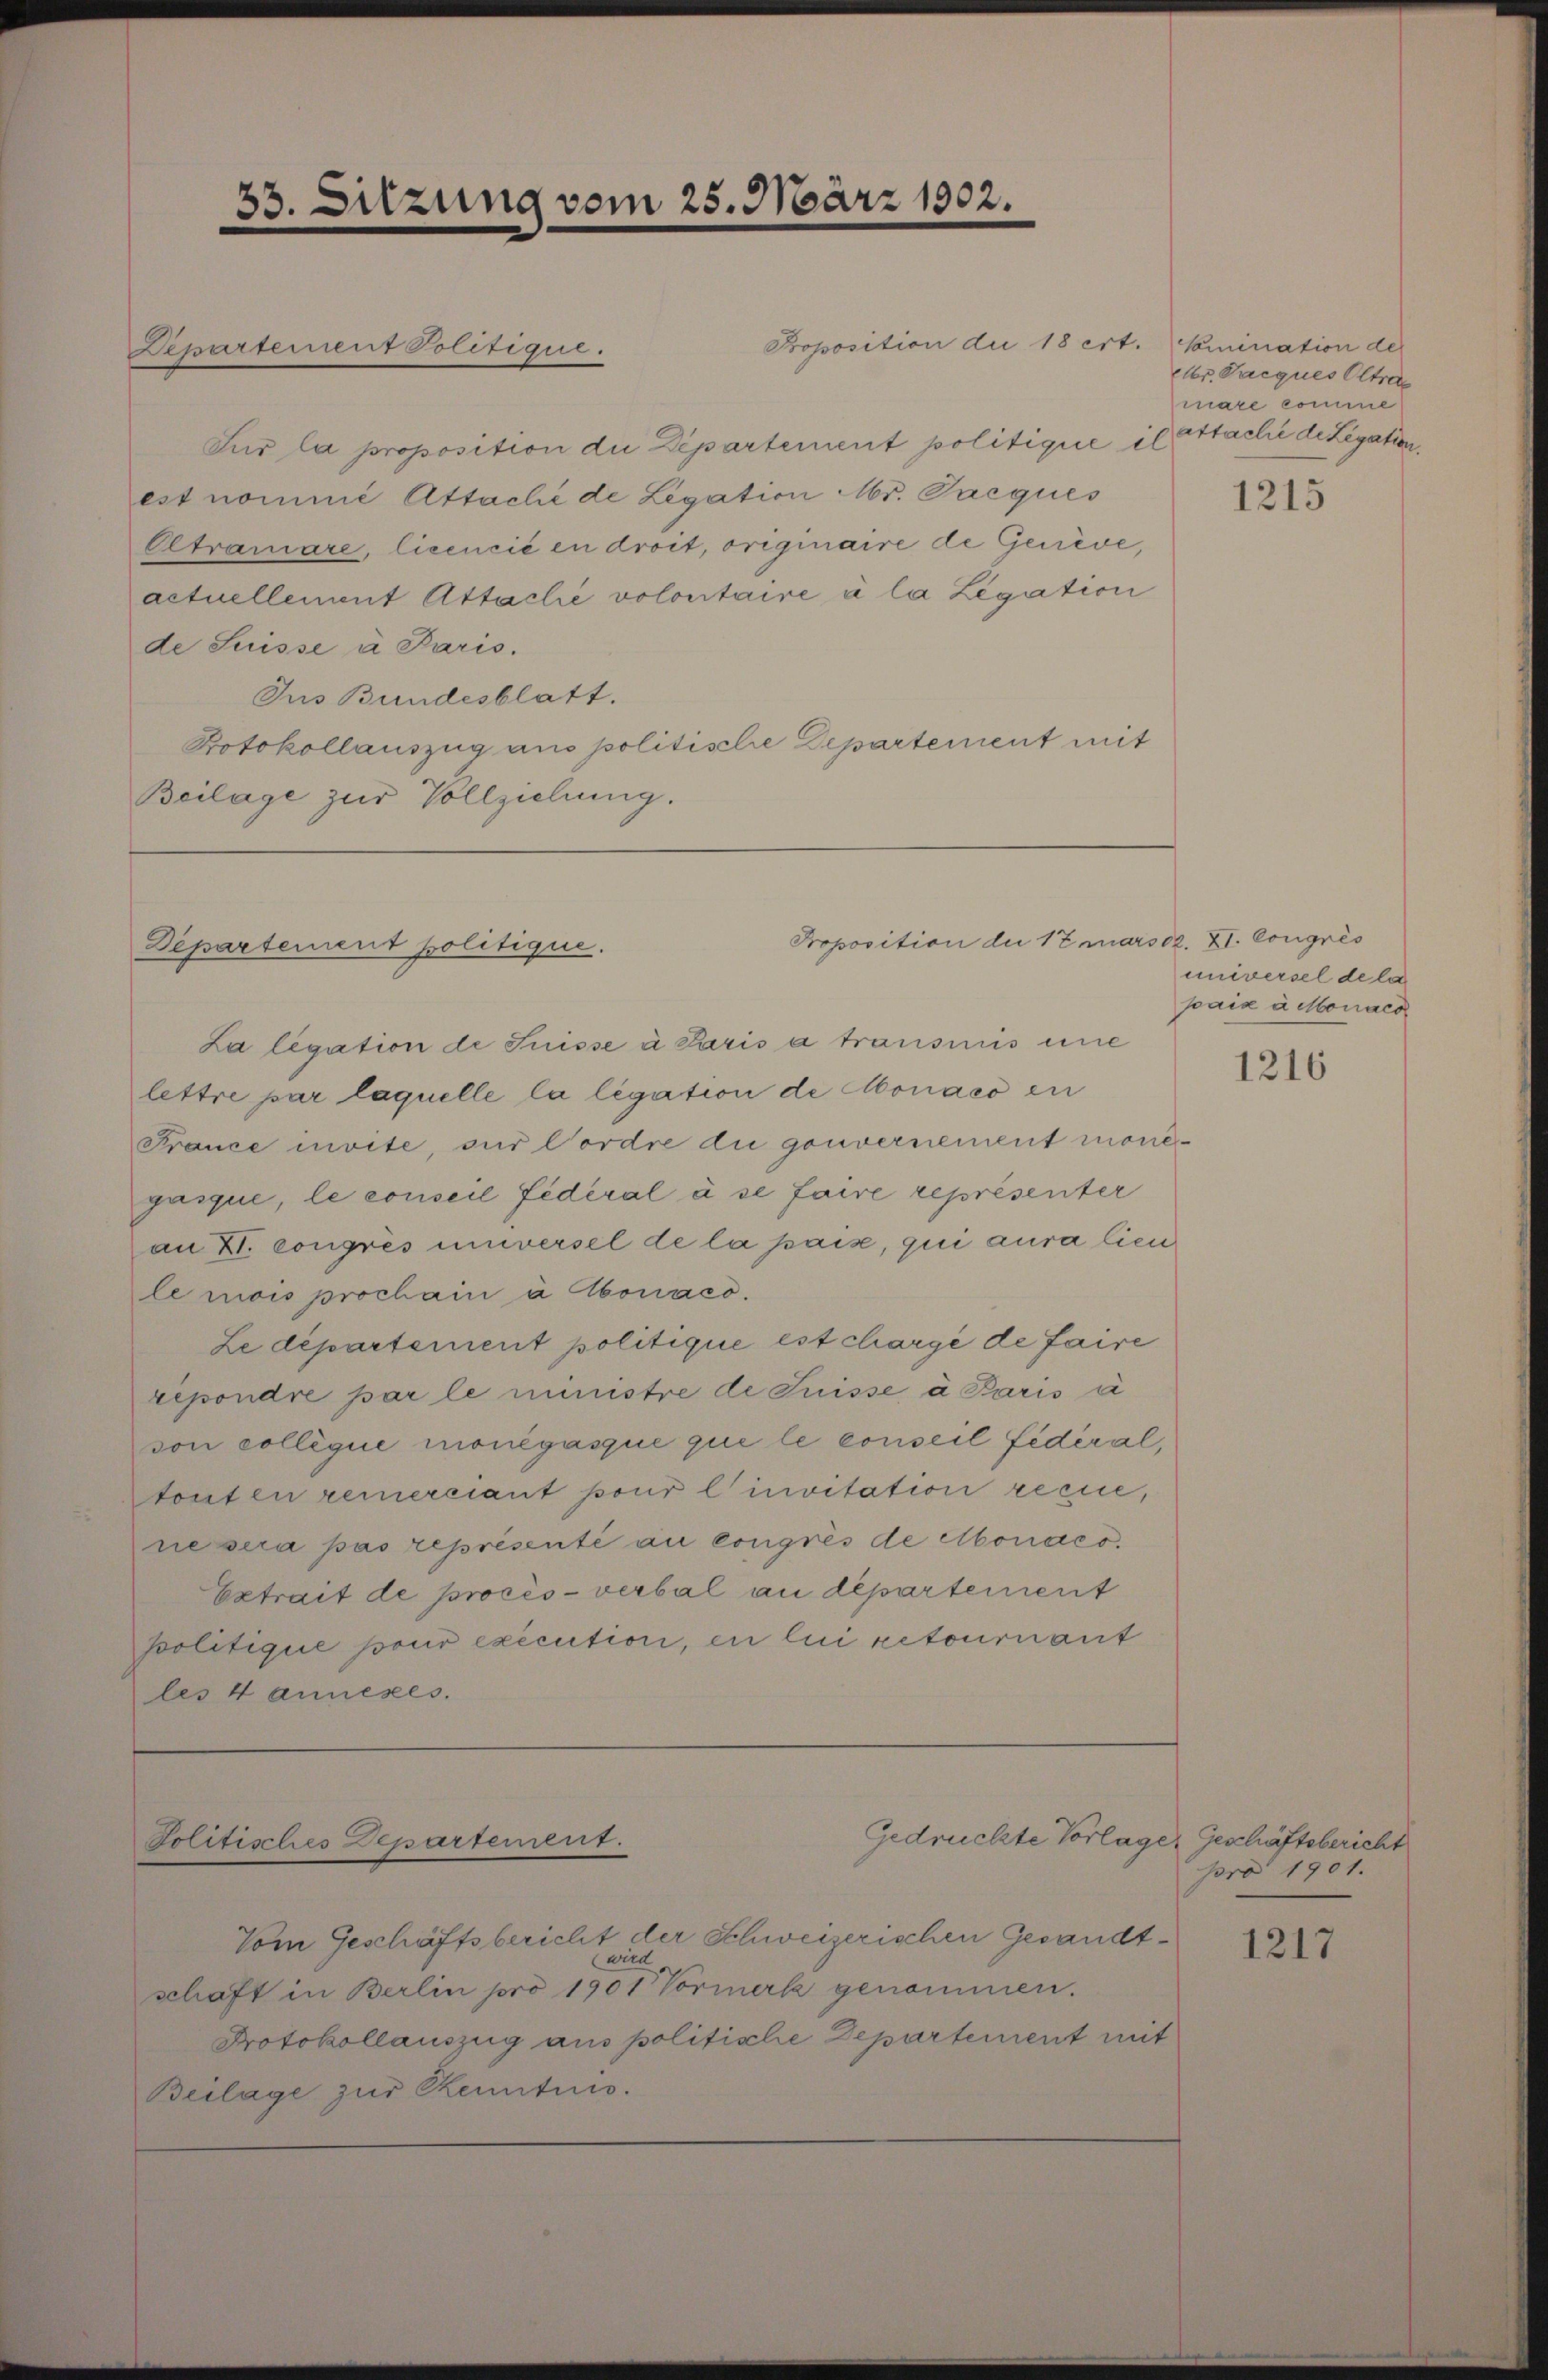
33. Sitzung vom 25. März 1902.

Proposition der 18 ert.
Für la proposition die Departement politique il attacle de Legation.
est nommé Attaché de Legation Mr. Jacques
Oltramare, licencié en droit, originaire de Geniede,
actuellement Attaclie volontaire à la Legation
de Suisse a Paris.
Ius Bundesblatt.
Potokollauszug aus politische Departement mit
Beilage zur Vollziehung.

Departement Politique.

Departement politique.

Proposition der 17 marsch. XI. Corgnis

La legation de Suisse a Paris a transmis eine
lettre par laquelle la légation de Monaco en
France invite, dur Cordre du gouvernement mone
gasque, le conseil fédéral à se faire représenter
an XI. congres unersel de la paix, qui aura lieu
le mois prochain à Coraco.
Le département politique est chargé de faire
repondre par le ministre de Suisse à Paris à
von collegiie monégasque que le conseil fédéral,
tonten remerciant pour l’invitation recue,
ne sera pas représenté au Congrés de bonaes.
Extrait de procès-verbal an departement
politique pour exécution, en lui retournant
les 4 annexés.

Gedrückte Vorlage
Politisches Departement.

Vom Geschäftsbericht der Schweizerischen Gesandtwird
schaft in Berlin pro 1901 Vormerk genommen.
Protokollauszug aus politische Departement mit
Beilage zur Kenntnis.

Comination der
ebr. Jacques Oltra
mare comme

1215

universel de la
paix aillonaca

1216

e. Geschäftsbericht
pro 1901.

1217